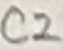
Text: C2